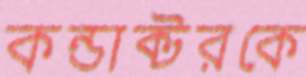
কন্ডাক্টরকে